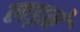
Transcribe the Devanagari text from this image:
लड़ऩे